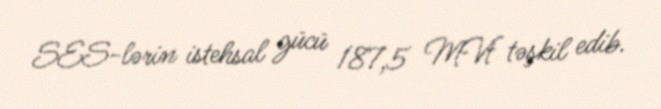
SES-lərin istehsal gücü 187,5 MVt təşkil edib.